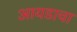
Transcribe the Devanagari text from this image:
आयडाचा